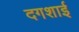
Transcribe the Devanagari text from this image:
दगशाई